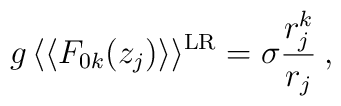
g \, \langle\langle F_{0k}(z_j) \rangle\rangle^{{\rm LR}} =\sigma \frac{r_j^k}{r_j} \> ,